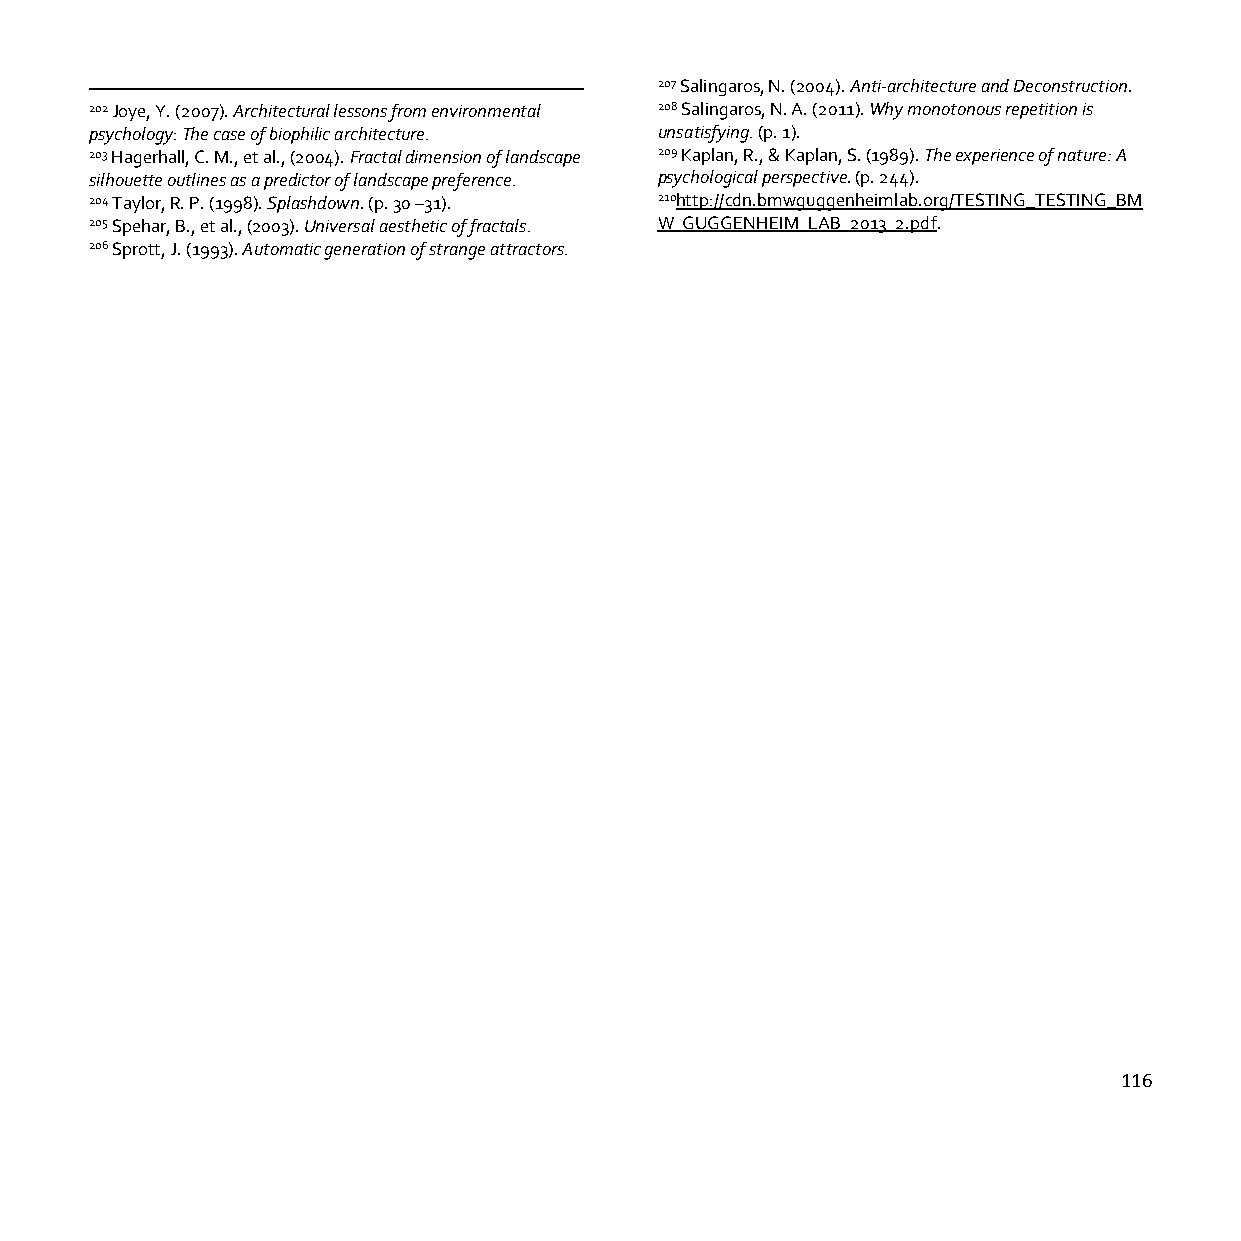
207 Salingaros, N. (2004). Anti-architecture and Deconstruction.
 202 Joye, Y. (2007). Architectural lessons from environmental 208 Salingaros, N. A. (2011). Why monotonous repetition is
 psychology: The case of biophilic architecture. unsatisfying. (p. 1).
 203 Hagerhall, C. M., et al., (2004). Fractal dimension of landscape 209 Kaplan, R., & Kaplan, S. (1989). The experience of nature: A
 silhouette outlines as a predictor of landscape preference. psychological perspective. (p. 244).
 204 Taylor, R. P. (1998). Splashdown. (p. 30 –31). 210http://cdn.bmwguggenheimlab.org/TESTING_TESTING_BM
 205 Spehar, B., et al., (2003). Universal aesthetic of fractals. W_GUGGENHEIM_LAB_2013_2.pdf.
 206 Sprott, J. (1993). Automatic generation of strange attractors.
 116